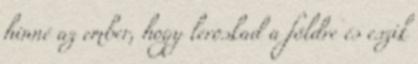
hinné az ember, hogy leroskad a földre és eszik